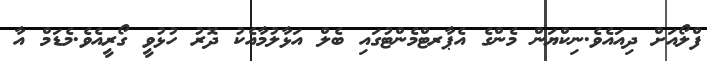
ފްލޯއަށް ދިއައެވެ.ނިކްޔަން މެންގެ އެޕާރޓްމެންޓުގައި ބެލް އަޅާލުމާއެކު ދޮރު ހުޅުވީ ގޯރީއެވެ.މެޑަމް އާ